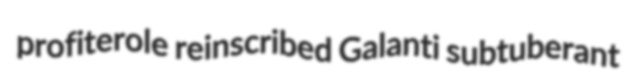
profiterole reinscribed Galanti subtuberant